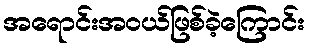
အရောင်းအဝယ်ဖြစ်ခဲ့ကြောင်း